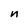
Character: n